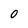
Character: O